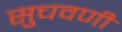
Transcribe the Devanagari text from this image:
सुचवणी